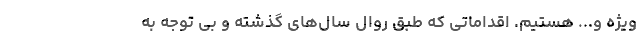
ویژه و... هستیم. اقداماتی که طبق روال‌ سال‌های گذشته و بی توجه به